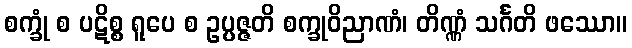
စက္ခုံ စ ပဋိစ္စ ရူပေ စ ဥပ္ပဇ္ဇတိ စက္ခုဝိညာဏံ၊ တိဏ္ဏံ သင်္ဂတိ ဖဿော။